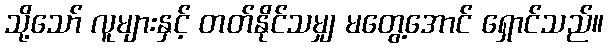
သို့သော် လူများနှင့် တတ်နိုင်သမျှ မတွေ့အောင် ရှောင်သည်။